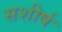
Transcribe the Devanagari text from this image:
सशीर्ष